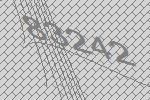
83242